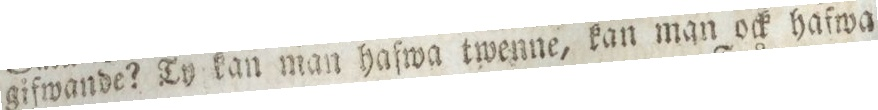
gifwande? Ty kan man hafwa twenne, kan man ock hafwa